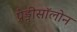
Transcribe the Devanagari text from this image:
प्रेड्नीसॉलोन